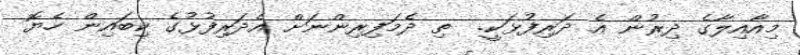
މިއާއިލާގެ ދިރުން އެ ދަރިފުޅަކީ.  ތި ދެމަފިރިންނަށް އެދަރިފުޅުގެ ކިބައިން ހެޔޮ